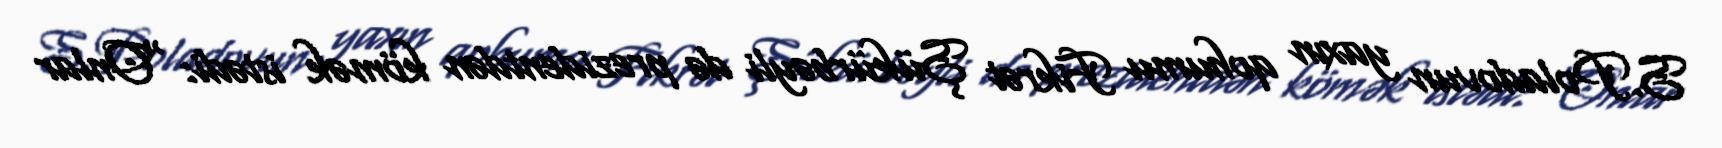
S.Poladovun yaxın qohumu Fikrət Şükürbəyli də prezidentdən kömək istədi: “Onlar